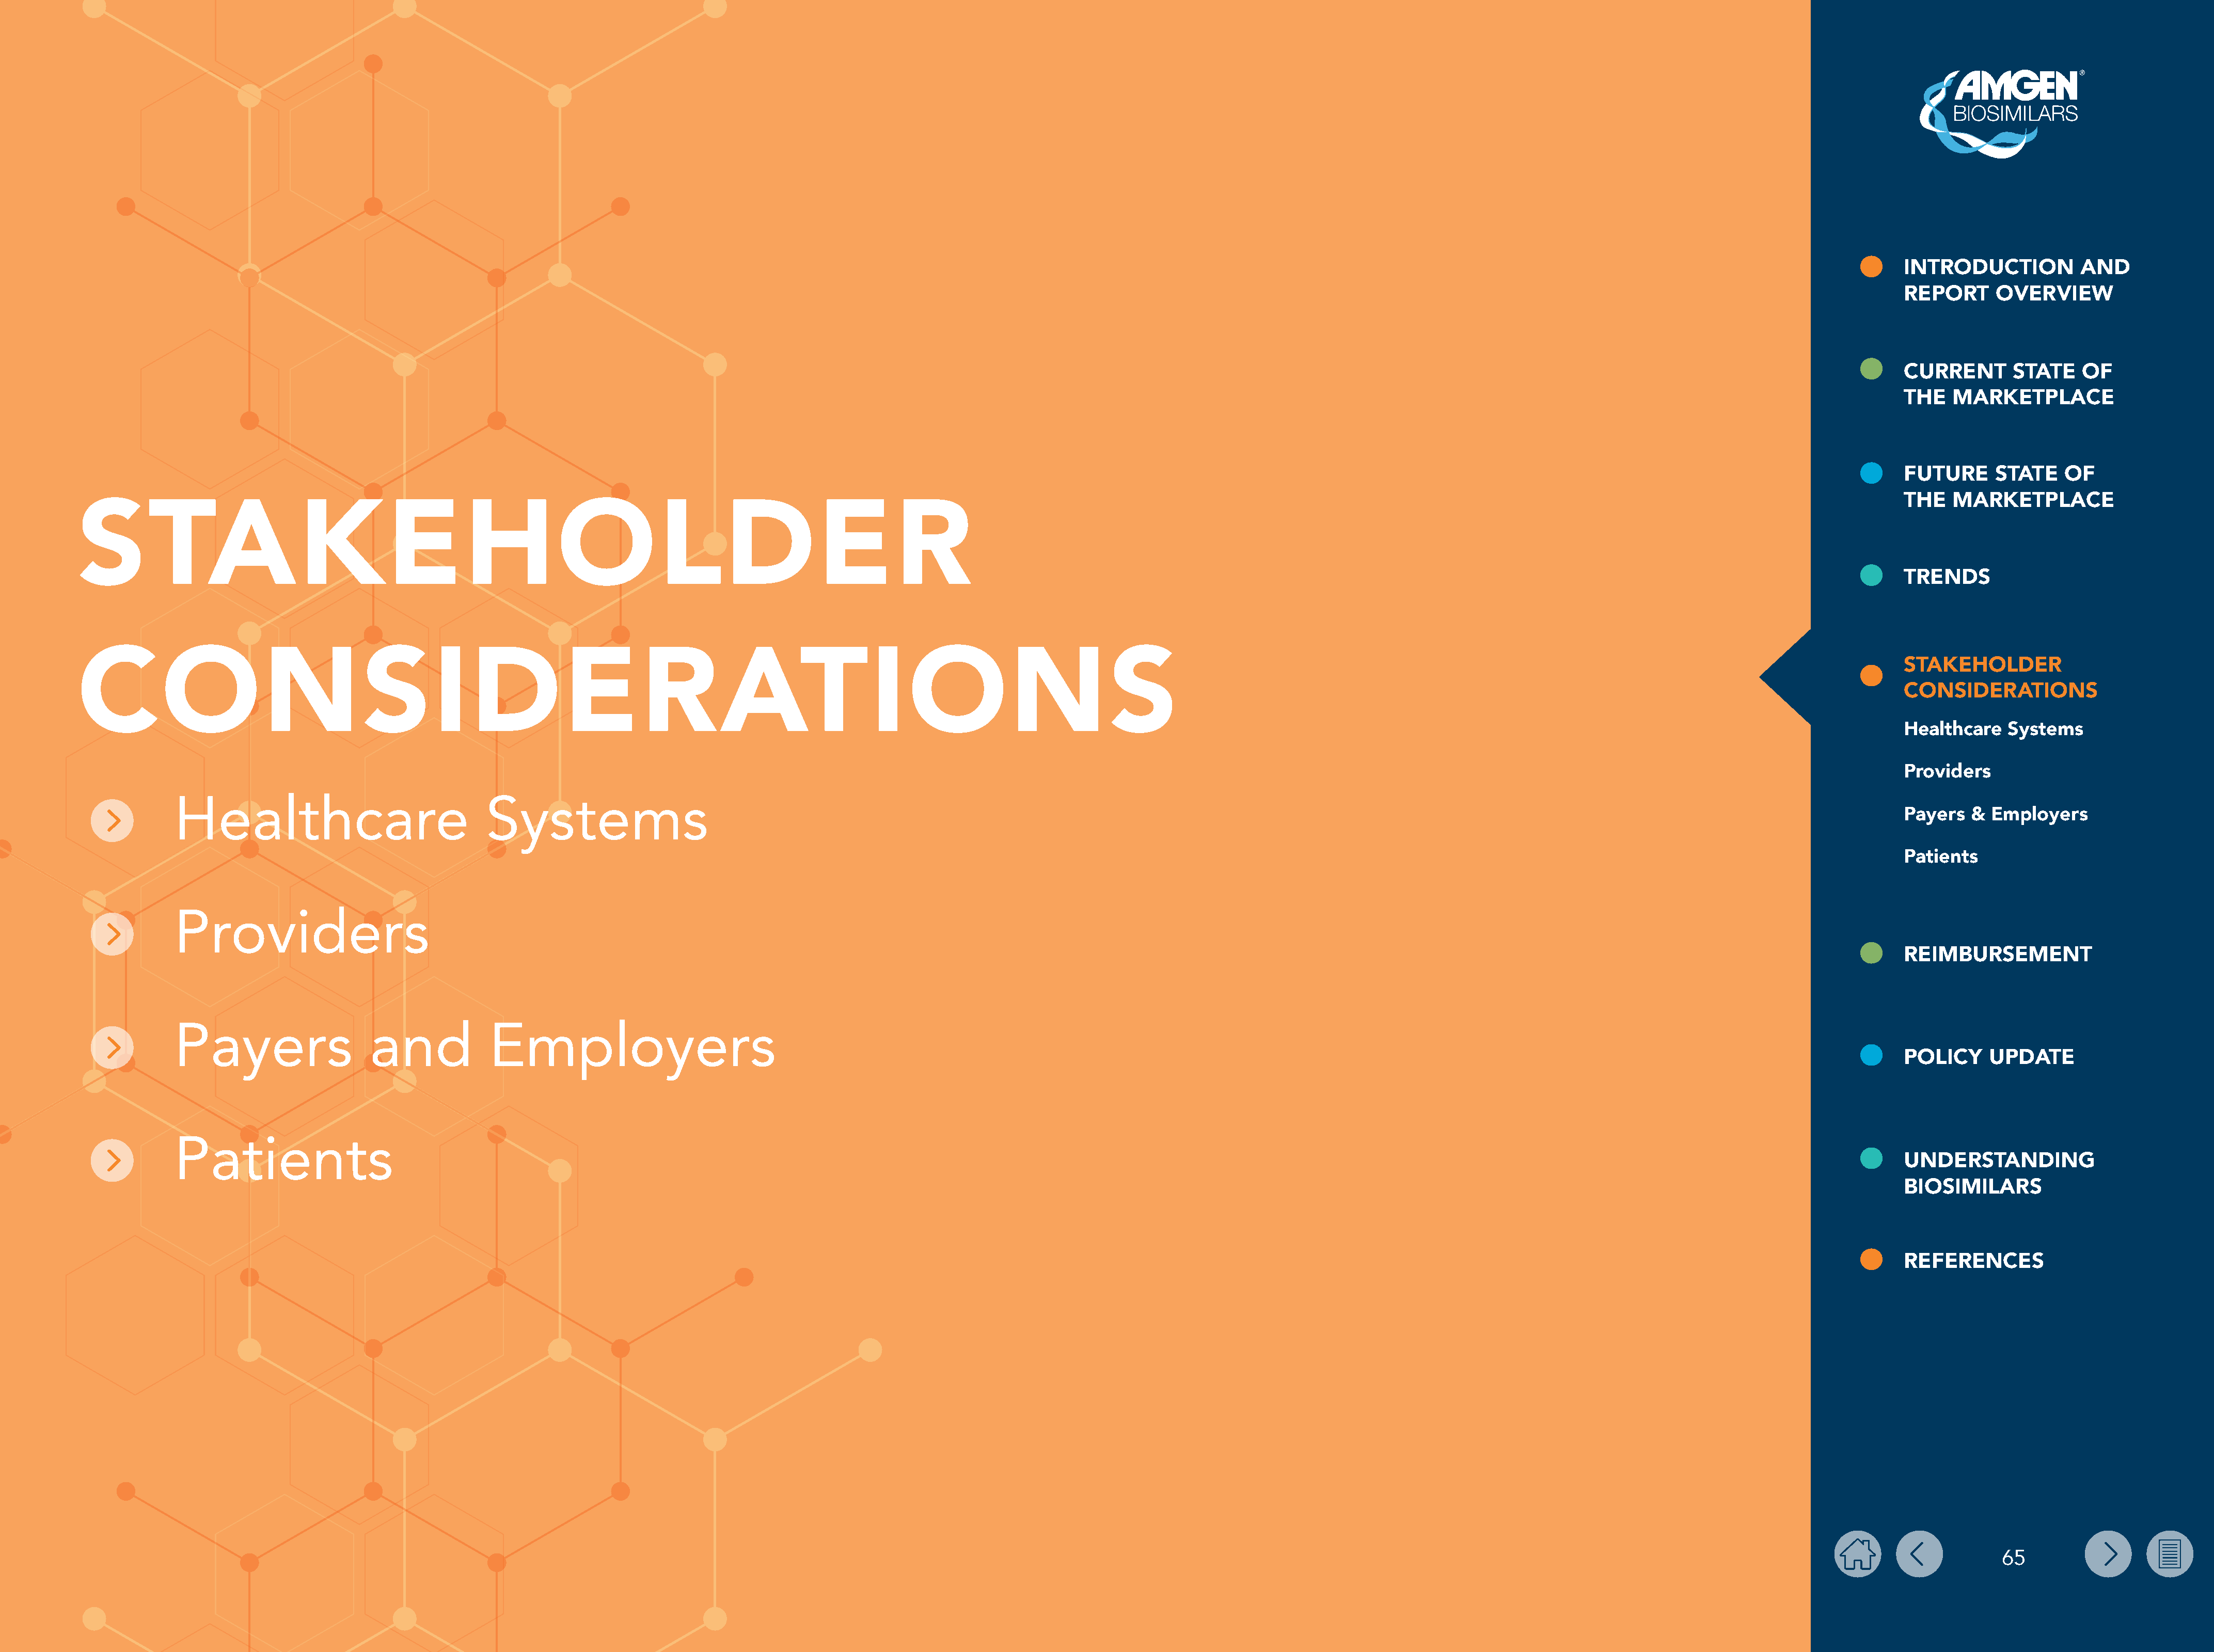
INTRODUCTION           AND
 REPORT      OVERVIEW
 CURRENT       STATE    OF
 THE   MARKETPLACE
 FUTURE      STATE    OF
 THE   MARKETPLACE
 STAKEHOLDER
 TRENDS
 STAKEHOLDER
 CONSIDERATIONS
 CONSIDERATIONS
 Healthcare   Systems
 Providers
 Healthcare                              Systems
 Payers   & Employers
 Patients
 Providers
 REIMBURSEMENT
 Payers                   and             Employers
 POLICY     UPDATE
 Patients
 UNDERSTANDING
 BIOSIMILARS
 REFERENCES
 65